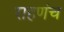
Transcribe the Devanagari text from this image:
राहणंच